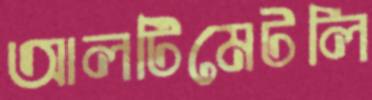
আলটিমেটলি